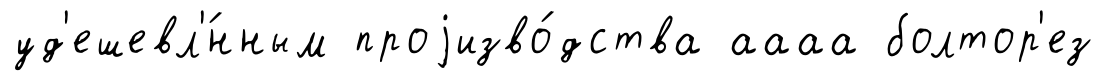
уд'ешевл'́нным проjизво́дства аааа болтор'ез